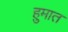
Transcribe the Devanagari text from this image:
हुमात